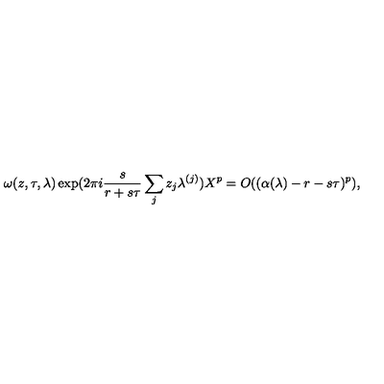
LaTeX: \omega ( z , \tau , \lambda ) \exp ( 2 \pi i \frac s { r + s \tau } \sum _ { j } z _ { j } \lambda ^ { ( j ) } ) X ^ { p } = O ( ( \alpha ( \lambda ) - r - s \tau ) ^ { p } ) ,